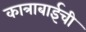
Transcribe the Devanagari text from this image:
कात्राबाईची